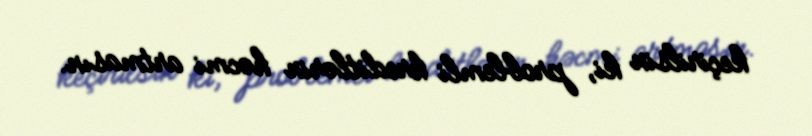
keçirilsin ki, problemli kreditlərin həcmi artmasın.